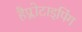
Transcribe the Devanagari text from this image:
हैप्लोटाइपिंग